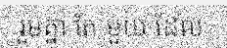
រួមគ្នា តែ មួយ ដែល